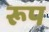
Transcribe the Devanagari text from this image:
रूप्‍ा